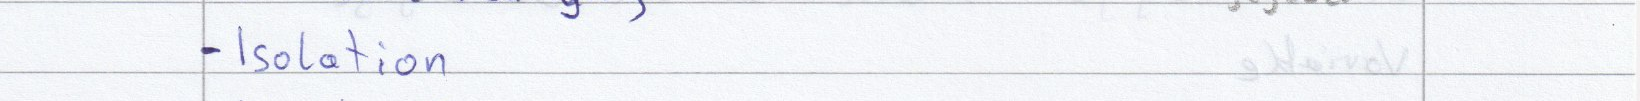
- Isolation